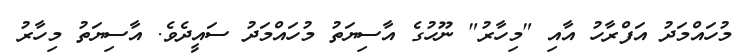
މުހައްމަދު އަފްރާހު އާއި "މިހާރު" ނޫހުގެ އާސިޔަތު މުހައްމަދު ސައީދެވެ. އާސިޔަތު މިހާރު